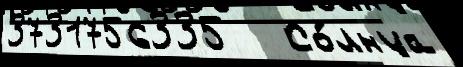
3731756335   Со́лнца